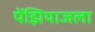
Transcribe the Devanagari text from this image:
पेंझियाजला